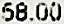
58.00